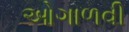
ઓગાળવી